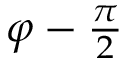
\textstyle \varphi - { \frac { \pi } { 2 } }